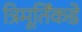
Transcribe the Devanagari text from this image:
त्रिमूर्तिंकडे